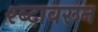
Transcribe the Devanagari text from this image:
श्ब्दावरून